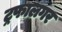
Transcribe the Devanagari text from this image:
ट्रफालगर